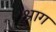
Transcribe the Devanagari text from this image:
श्राग